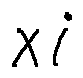
x i